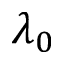
\lambda _ { 0 }